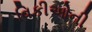
વિકીઓની